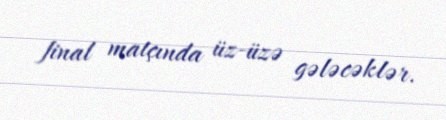
final matçında üz-üzə gələcəklər.